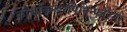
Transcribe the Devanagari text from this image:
कोचबिल्डरपिनिन्फरिना